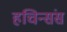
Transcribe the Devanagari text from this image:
हचिन्संस